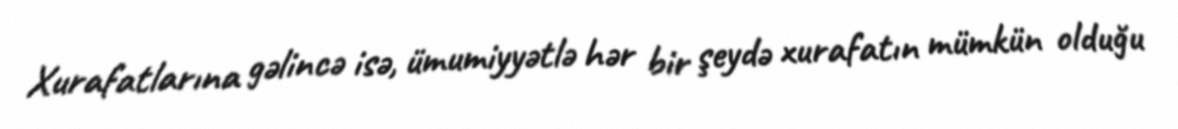
Xurafatlarına gəlincə isə, ümumiyyətlə hər bir şeydə xurafatın mümkün olduğu